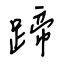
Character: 蹄